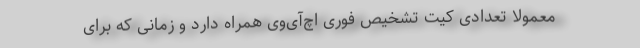
معمولا تعدادی کیت تشخیص فوری اچ‌آی‌وی همراه دارد و زمانی که برای